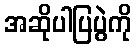
အဆိုပါပြပွဲကို